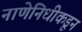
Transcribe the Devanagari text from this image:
नाणेनिधीकडून